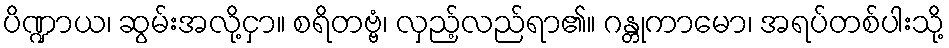
ပိဏ္ဍာယ၊ ဆွမ်းအလို့ငှာ။ စရိတဗ္ဗံ၊ လှည့်လည်ရာ၏။ ဂန္တုကာမော၊ အရပ်တစ်ပါးသို့